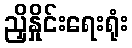
ညှိနှိုင်းရေးရုံး